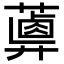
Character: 𦿥